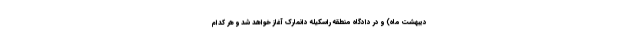
دیبهشت ماه) و در دادگاه منطقه راسکیله دانمارک آغاز خواهد شد و هر کدام